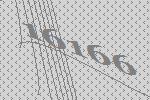
16166